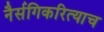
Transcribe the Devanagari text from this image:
नैर्सगिकरित्याच